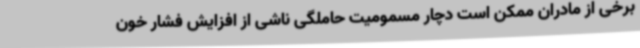
برخی از مادران ممکن است دچار مسمومیت حاملگی ناشی از افزایش فشار خون